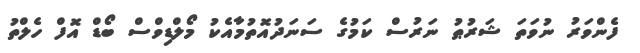
ފެންވަރު ނުވަތަ ޝަރުޠު ނަރުސް ކަމުގެ ސަނަދުއޮތުމާއެކު މޯލްޑިވްސް ބޯޑް އޮފް ހެލްތު